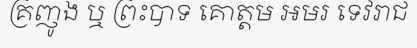
គ្រញូង ឬ ព្រះបាទ គោត្តម អមរ ទេវរាជ